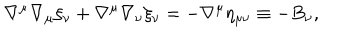
\nabla ^ { \mu } \nabla _ { \mu } \xi _ { \nu } + \nabla ^ { \mu } \nabla _ { \nu } \xi _ { \nu } = - \nabla ^ { \mu } \eta _ { \mu \nu } \equiv - B _ { \nu } ,